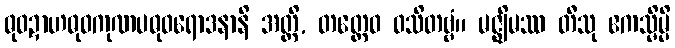
ဓုဝဍာဟဓုဝကုဏပဓုဝရောဒနာနိ အတ္ထိ, တတ္ထေဝ ဝသိတဗ္ဗံ။ မဇ္ဈိမဿ တီသု ဧကသ္မိမ္ပိ